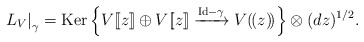
\begin{align*}\left.L_V\right|_\gamma =\mathrm{Ker}\left\{ V[\![z]\!] \oplus V[\![z]\!] \xrightarrow{\mathrm{Id}-\gamma} V(\!(z)\!)\right\}\otimes(dz)^{1/2}.\end{align*}